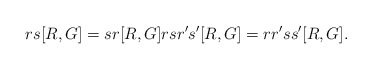
\begin{align*}rs[R,G]=sr[R,G]rsr's'[R,G]=rr'ss'[R,G].\end{align*}